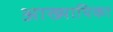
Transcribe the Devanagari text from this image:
अाख्यायिका